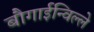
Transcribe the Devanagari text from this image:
बौगाईन्विल्ले